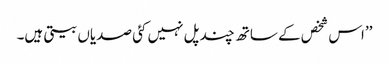
’’اس شخص کے ساتھ چند پل نہیں کئی صدیاں بیتی ہیں۔